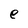
Character: e